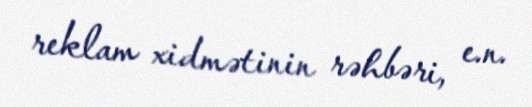
reklam xidmətinin rəhbəri, e.n.